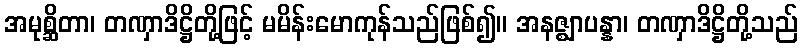
အမုစ္ဆိတာ၊ တဏှာဒိဋ္ဌိတို့ဖြင့် မမိန်းမောကုန်သည်ဖြစ်၍။ အနဇ္ဈာပန္နာ၊ တဏှာဒိဋ္ဌိတို့သည်